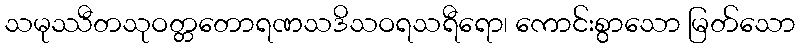
သမုဿီတသုဝတ္တတောရဏသဒိသဝရသရီရော၊ ကောင်းစွာသော မြတ်သော